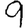
Digit: 9